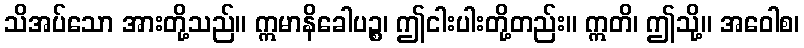
သိအပ်သော အားတို့သည်။ ဣမာနိခေါပဉ္စ၊ ဤငါးပါးတို့တည်း။ ဣတိ၊ ဤသို့။ အဝေါစ၊